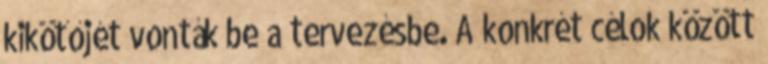
kikötőjét vonták be a tervezésbe. A konkrét célok között